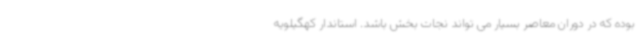
بوده که در دوران معاصر بسیار می تواند نجات بخش باشد. استاندار کهگیلویه